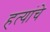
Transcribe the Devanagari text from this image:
हत्यांचे